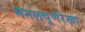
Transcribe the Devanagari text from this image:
मंगलचूर्णरेखा